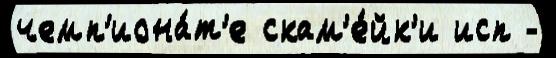
чемп'иона́т'е скам'е́йк'и исп -